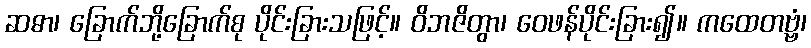
ဆဓာ၊ ခြောက်ဘို့ခြောက်စု ပိုင်းခြားသဖြင့်။ ဝိဘဇိတွာ၊ ဝေဖန်ပိုင်းခြား၍။ ကထေတဗ္ဗံ၊